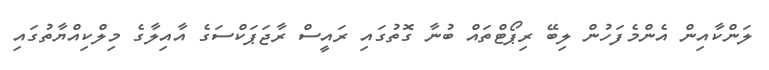
ލަންކާއިން އެންމެފަހުން ލިބޭ ރިޕޯޓްތައް ބުނާ ގޮތުގައި ރައީސް ރާޖަޕަކްސަގެ އާއިލާގެ މިލްކިއްޔާތުގައި